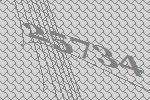
25734